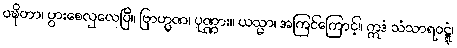
ဝဍ္ဎိတာ၊ ပွားစေလှလေပြီ။ ဗြာဟ္မဏ၊ ပုဏ္ဏား။ ယသ္မာ၊ အကြင်ကြောင့်။ ဣဒံ သံသာရဝဋ္ဋံ၊